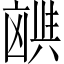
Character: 𫥪